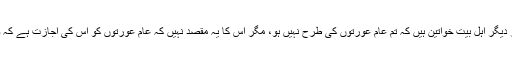
اس آیت کی مخاطب تو ازواج مطہرات اور دیگر اہل بیت خواتین ہیں کہ تم عام عورتوں کی طرح نہیں ہو، مگر اس کا یہ مقصد نہیں کہ عام عورتوں کو اس کی اجازت ہے کہ وہ دوسروں سے نرم لہجے میں بات کریں۔